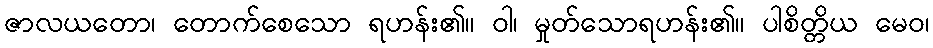
ဇာလယတော၊ တောက်စေသော ရဟန်း၏။ ဝါ၊ မှုတ်သောရဟန်း၏။ ပါစိတ္တိယ မေဝ၊